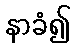
နာခံ၍